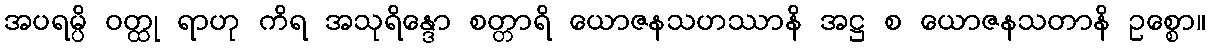
အပရမ္ပိ ဝတ္ထု ရာဟု ကိရ အသုရိန္ဒော စတ္တာရိ ယောဇနသဟဿာနိ အဋ္ဌ စ ယောဇနသတာနိ ဥစ္စော။